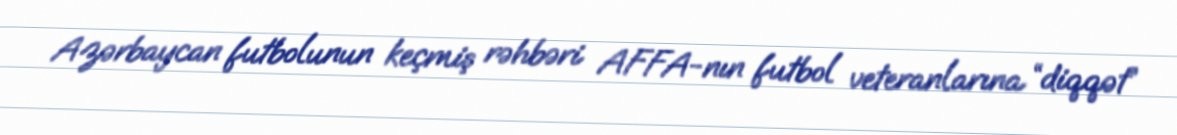
Azərbaycan futbolunun keçmiş rəhbəri AFFA-nın futbol veteranlarına “diqqət”